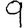
Digit: 9